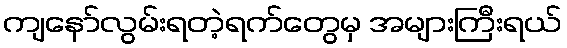
ကျနော်လွမ်းရတဲ့ရက်တွေမှ အများကြီးရယ်